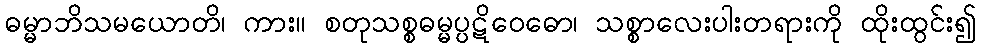
ဓမ္မာဘိသမယောတိ၊ ကား။ စတုသစ္စဓမ္မပ္ပဋိဝေဓော၊ သစ္စာလေးပါးတရားကို ထိုးထွင်း၍